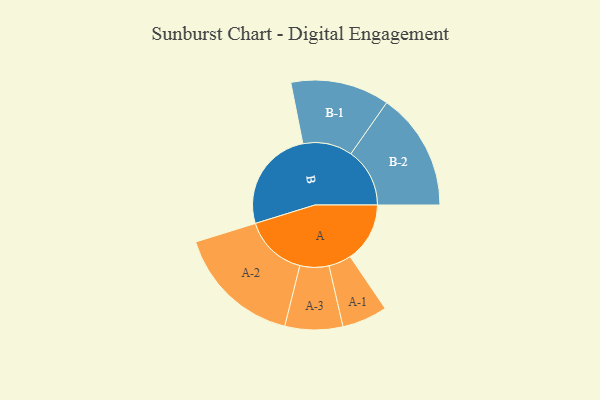
{"axis": {"x": "Segment", "y": "Value"}, "legend": ["", "A", "B"], "data": [{"x": "A", "y": 279, "type": ""}, {"x": "B", "y": 480, "type": ""}, {"x": "A-1", "y": 106, "type": "A"}, {"x": "A-2", "y": 294, "type": "A"}, {"x": "A-3", "y": 135, "type": "A"}, {"x": "B-1", "y": 231, "type": "B"}, {"x": "B-2", "y": 275, "type": "B"}]}